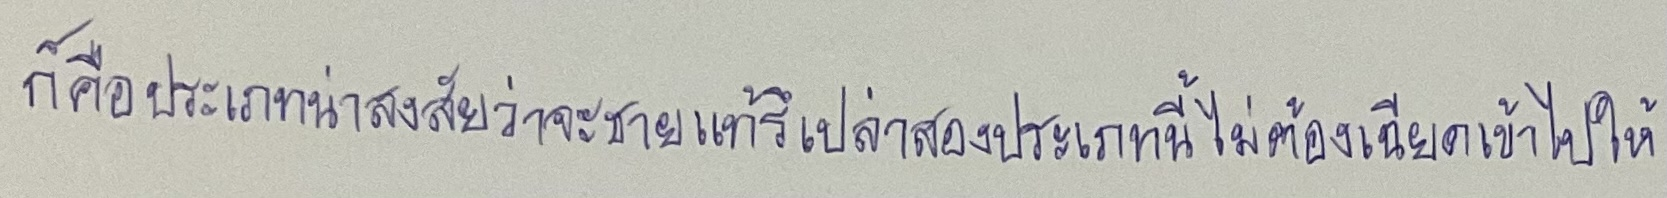
ก็คือประเภทน่าสงสัยว่าจะชายแท้รึเปล่าสองประเภทนี้ไม่ต้องเฉียดเข้าไปให้